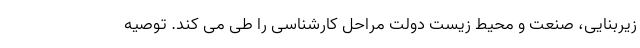
زیربنایی، صنعت و محیط زیست دولت مراحل کارشناسی را طی می کند. توصیه